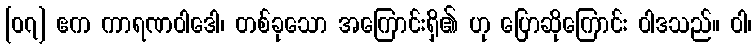
[၀၇] ဧက ကာရဏဝါဒေါ၊ တစ်ခုသော အကြောင်းရှိ၏ ဟု ပြောဆိုကြောင်း ဝါဒသည်။ ဝါ၊